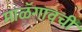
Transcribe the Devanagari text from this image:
माळॅगावची